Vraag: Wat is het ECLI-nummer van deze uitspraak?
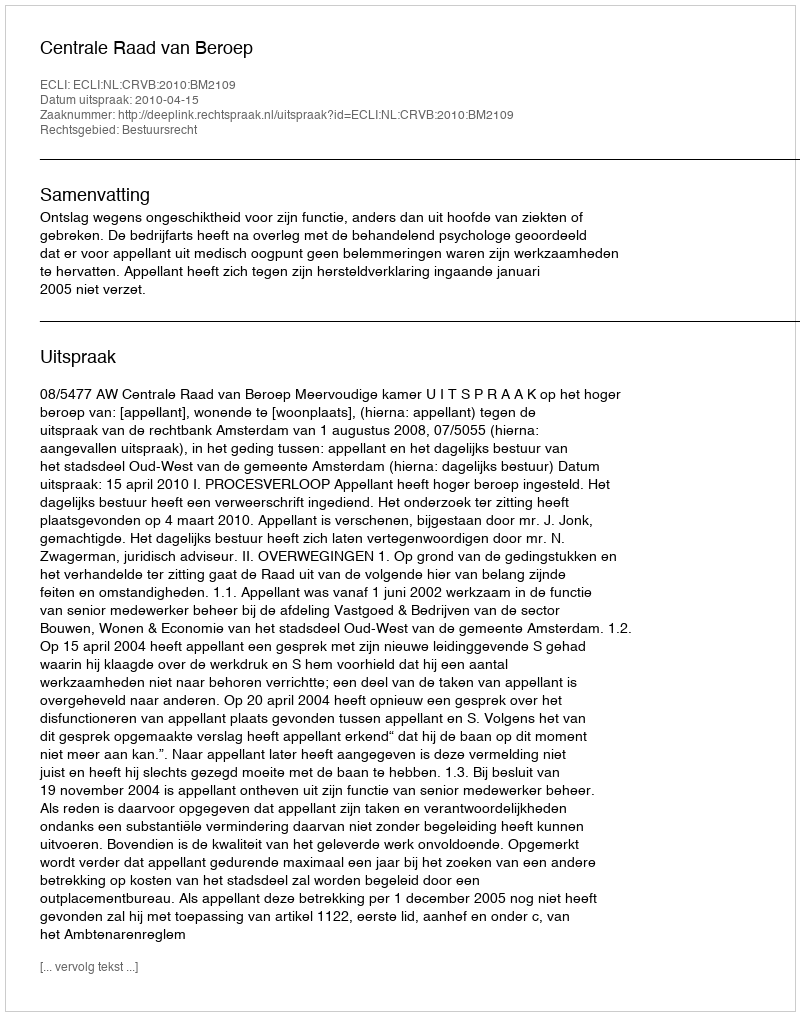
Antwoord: ECLI:NL:CRVB:2010:BM2109